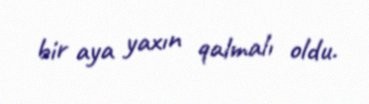
bir aya yaxın qalmalı oldu.